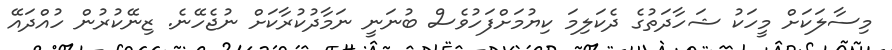
މިސާލަކަށް މީހަކު ޝަހާދަތުގެ ދެކަލިމަ ކިޔުމަށްފަހުވެސް ބުނަނީ ނަމާދުކުރާކަށް ނުޖެހޭނެ. ޒިނޭކުރުން ހުއްދައޭ